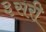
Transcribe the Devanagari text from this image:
३सरी